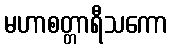
မဟာစတ္တာရီသကော